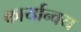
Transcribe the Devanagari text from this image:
कार्यान्वय